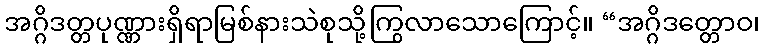
အဂ္ဂိဒတ္တပုဏ္ဏားရှိရာမြစ်နားသဲစုသို့ကြွလာသောကြောင့်။ “အဂ္ဂိဒတ္တောဝ၊